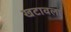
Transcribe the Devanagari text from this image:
खटावला